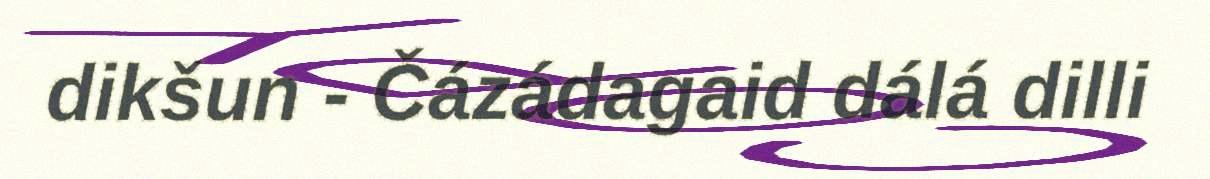
dikšun - Čázádagaid dálá dilli